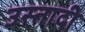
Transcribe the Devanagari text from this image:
उस्तादी